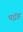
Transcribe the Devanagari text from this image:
पद्रंह